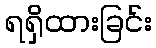
ရရှိထားခြင်း